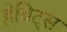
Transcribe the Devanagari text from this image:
हेबिट्स